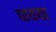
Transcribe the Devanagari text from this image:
पायया